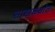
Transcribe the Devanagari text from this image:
साखळ्यांत